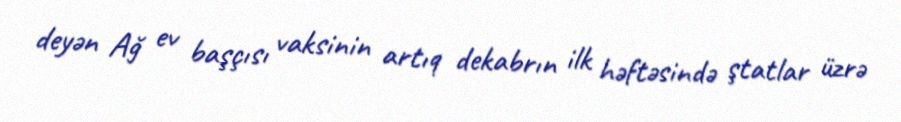
deyən Ağ ev başçısı vaksinin artıq dekabrın ilk həftəsində ştatlar üzrə